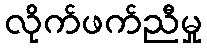
လိုက်ဖက်ညီမှု